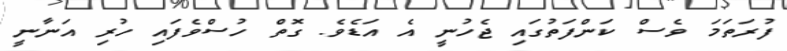
ފުރަތަމަ ވެސް ކަންފަތުގައި ޖެހުނީ އެ އަޑެވެ. ގޮތް ހުސްވެފައި ހުރި އަނާނީ